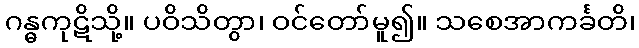
ဂန္ဓကုဋိသို့။ ပဝိသိတွာ၊ ဝင်တော်မူ၍။ သစေအာကင်္ခတိ၊